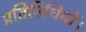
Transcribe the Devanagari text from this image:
प्रतिनिधियों।